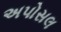
અપોસલ